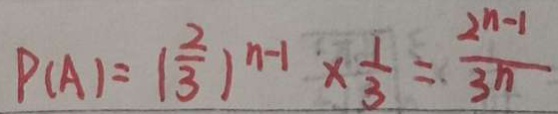
P ( A ) = ( \frac { 2 } { 3 } ) ^ { n - 1 } \times \frac { 1 } { 3 } = \frac { 2 ^ { n - 1 } } { 3 n }